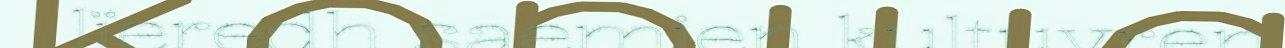
lïeredh saemien kultuvren